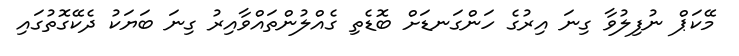
މޭކަޕް ނުފިލުވާ ގިނަ އިރުގެ ހަންގަނޑަށް ބޮޑެތި ގެއްލުންތައްވާއިރު ގިނަ ބަޔަކު ދެކޭގޮތުގައި